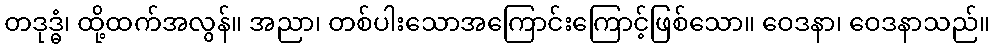
တဒုဒ္ဓံ၊ ထို့ထက်အလွန်။ အညာ၊ တစ်ပါးသောအကြောင်းကြောင့်ဖြစ်သော။ ဝေဒနာ၊ ဝေဒနာသည်။